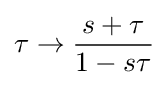
\tau \to {\frac {s+\tau }{1-s\tau }}